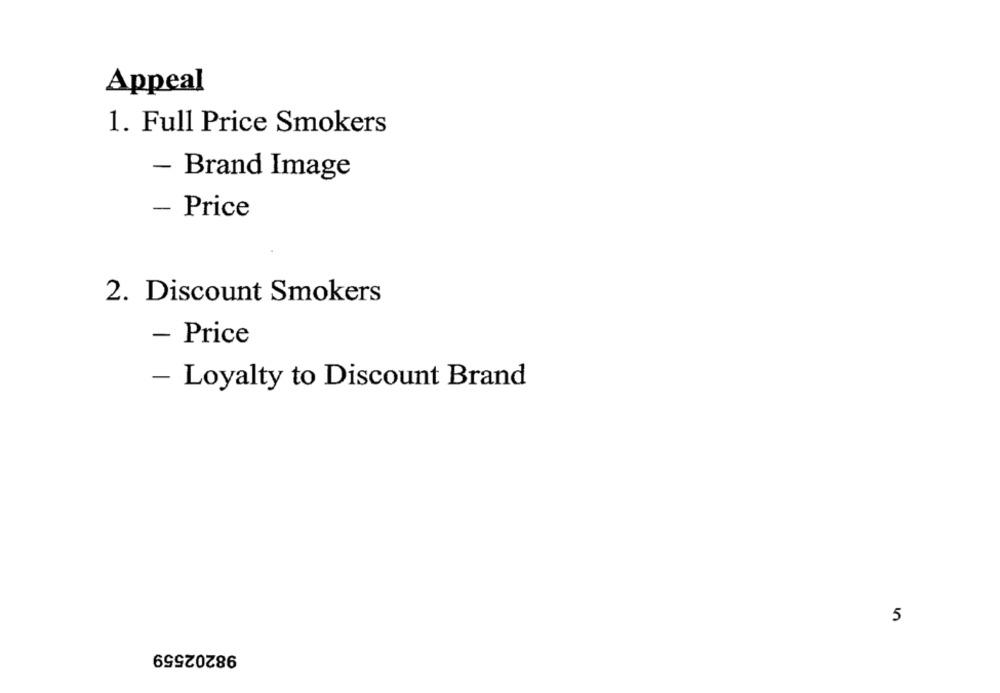
Appeal
1. Full Price Smokers
- Brand Image
- Price
2. Discount Smokers
- Price
- Loyalty to Discount Brand
5
98202559